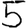
Digit: 5